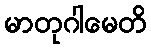
မာတုဂါမေတိ